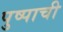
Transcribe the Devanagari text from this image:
पुष्पाची